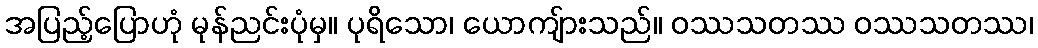
အပြည့်ပြောဟုံ မုန်ညင်းပုံမှ။ ပုရိသော၊ ယောကျ်ားသည်။ ဝဿသတဿ ဝဿသတဿ၊